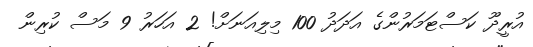
އުރީދޫ ކަސްޓަމަރުންގެ އަދަދު 100 މިލިއަނަށް! 2 އަހަރު 9 މަސް ކުރިން